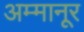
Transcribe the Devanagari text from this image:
अम्मानूर